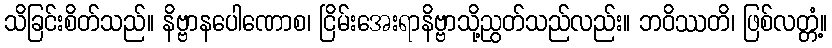
သိခြင်းစိတ်သည်။ နိဗ္ဗာနပေါဏောစ၊ ငြိမ်းအေးရာနိဗ္ဗာသို့ညွတ်သည်လည်း။ ဘဝိဿတိ၊ ဖြစ်လတ္တံ့။